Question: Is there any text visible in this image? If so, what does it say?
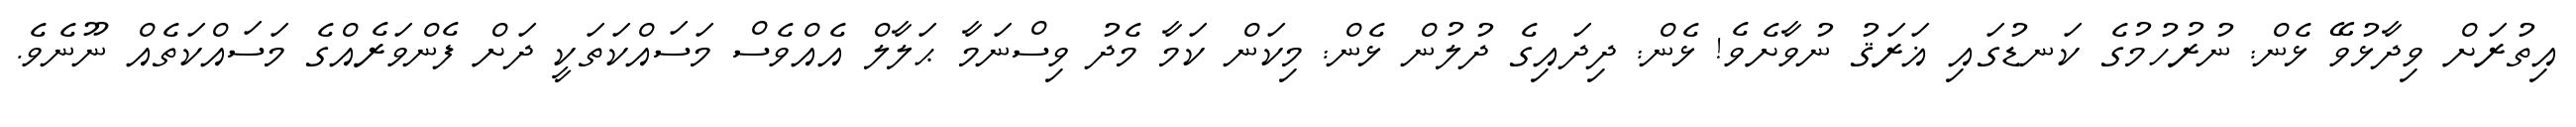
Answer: އިތުރަށް ވިދާޅުވޭ ޅެން: ނުރުހުމުގެ ކަނޑުގައި ޣަރަޤު ނުވާށެވެ! ޅެން: ދިދައިގެ ދުލުން ޅެން: މިކަން ކަމާ މެދު ވިސްނަމާ ޙަލާލް އެއްވެސް މަސައްކަތަކީ ދަށް ފެންވަރެއްގެ މަސައްކަތެއް ނޫނެވެ.